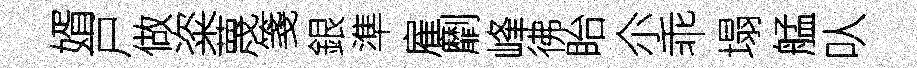
婿戸做粢蔑箋銀準雇劘峰彿眙尒乖塌艋㕥